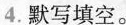
4.默写填空。